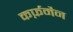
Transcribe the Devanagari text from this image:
कर्फ़मैन